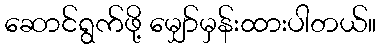
ဆောင်ရွက်ဖို့ မျှော်မှန်းထားပါတယ်။